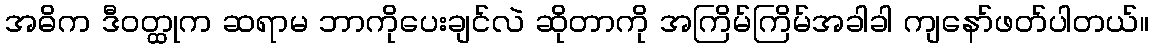
အဓိက ဒီဝတ္ထုက ဆရာမ ဘာကိုပေးချင်လဲ ဆိုတာကို အကြိမ်ကြိမ်အခါခါ ကျနော်ဖတ်ပါတယ်။